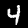
Digit: 4